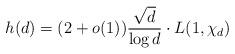
LaTeX: \begin{align*}h(d)= (2+o(1))\frac{\sqrt{d}}{\log d} \cdot L(1, \chi_d)\end{align*}